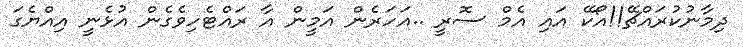
ދިމާނުކުރައްޗޭ!!އޯކޭ އައި އެމް ސޮރީ ..އަހަރެން އަމީން އާ ރައްޓެހިވެގެން އުޅެނީ އިއްޔެގަ